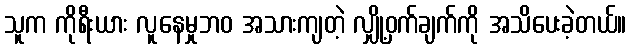
သူက ကိုရီးယား လူနေမှုဘဝ အသားကျတဲ့ လျှို့ဝှက်ချက်ကို အသိပေးခဲ့တယ်။